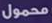
محمول